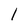
Character: 1